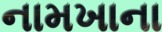
નામખાના